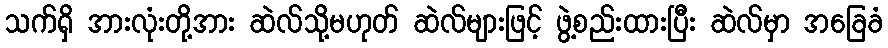
သက်ရှိ အားလုံးတို့အား ဆဲလ်သို့မဟုတ် ဆဲလ်များဖြင့် ဖွဲ့စည်းထားပြီး ဆဲလ်မှာ အခြေခံ